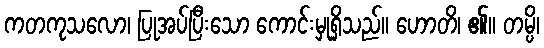
ကတကုသလော၊ ပြုအပ်ပြီးသော ကောင်းမှုရှိသည်။ ဟောတိ၊ ၏။ တမ္ပိ၊